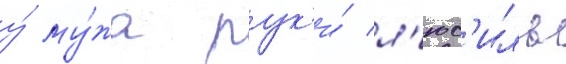
у́ му́жа рук'и́ л'юс'иль